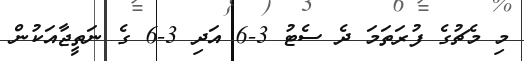
މި މެޗުގެ ފުރަތަމަ ދެ ސެޓު 3-6 އަދި 3-6 ގެ ނަތީޖާއަކުން